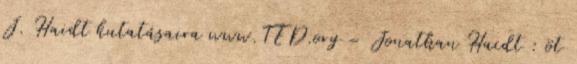
J. Haidt kutatásaira www.TED.org – Jonathan Haidt : öt